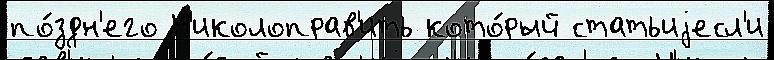
по́здн'его Н'иколоправ'ить кото́рый статьиjесл'и